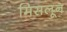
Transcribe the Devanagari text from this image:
मिसलून